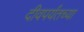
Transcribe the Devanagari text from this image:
दीवपर्यंतच्या